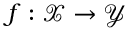
f : \mathcal { X } \to \mathcal { Y }